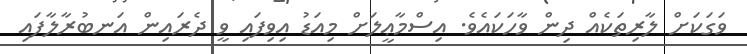
ވަގަކަށް ލާރިތަކެއް ދިން ވާހަކައެވެ. އިސްމާޢީލަށް މިއަޑު އިވިފައި ވީ ދެރައިން އަނބުރާލާފައި